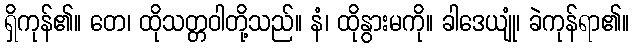
ရှိကုန်၏။ တေ၊ ထိုသတ္တဝါတို့သည်။ နံ၊ ထိုနွားမကို။ ခါဒေယျုံ၊ ခဲကုန်ရာ၏။